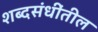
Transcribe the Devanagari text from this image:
शब्दसंधींतील